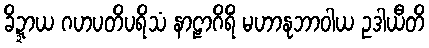
ခိဍ္ဍာယ ဂဟပတိပရိသံ နာဠာဂိရိံ မဟာနုဘာဝါယ ဥဒါယီတိ